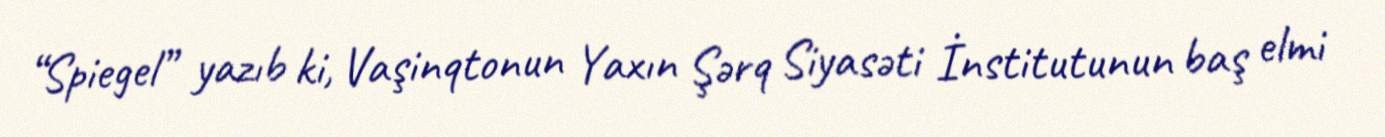
“Spiegel” yazıb ki, Vaşinqtonun Yaxın Şərq Siyasəti İnstitutunun baş elmi